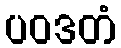
ပဝဒတံ